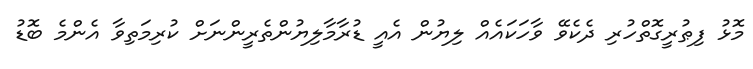
މޮޅު ފިޠުރީގޮތްހުރި ދެކެވޭ ވާހަކައެއް ލިޔުން އެއީ ޑުރާމާލިޔުންތެރީންނަށް ކުރިމަތިވާ އެންމެ ބޮޑު